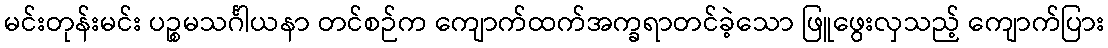
မင်းတုန်းမင်း ပဉ္စမသင်္ဂါယနာ တင်စဉ်က ကျောက်ထက်အက္ခရာတင်ခဲ့သော ဖြူဖွေးလှသည့် ကျောက်ပြား